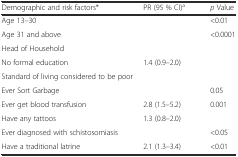
<table><thead><tr><td><b>Demographic and risk factors*</b></td><td><b>PR (95 % CI)<sup>a</sup></b></td><td><b><i>p</i> Value</b></td></tr></thead><tbody><tr><td>Age 13–30</td><td>[EMPTY_CELL]</td><td>&lt;0.01</td></tr><tr><td>Age 31 and above</td><td>[EMPTY_CELL]</td><td>&lt;0.0001</td></tr><tr><td>Head of Household</td><td>[EMPTY_CELL]</td><td>[EMPTY_CELL]</td></tr><tr><td>No formal education</td><td>1.4 (0.9–2.0)</td><td>[EMPTY_CELL]</td></tr><tr><td>Standard of living considered to be poor</td><td>[EMPTY_CELL]</td><td>[EMPTY_CELL]</td></tr><tr><td>Ever Sort Garbage</td><td>[EMPTY_CELL]</td><td>0.05</td></tr><tr><td>Ever get blood transfusion</td><td>2.8 (1.5–5.2)</td><td>0.001</td></tr><tr><td>Have any tattoos</td><td>1.3 (0.8–2.0)</td><td>[EMPTY_CELL]</td></tr><tr><td>Ever diagnosed with schistosomiasis</td><td>[EMPTY_CELL]</td><td>&lt;0.05</td></tr><tr><td>Have a traditional latrine</td><td>2.1 (1.3–3.4)</td><td>&lt;0.01</td></tr></tbody></table>